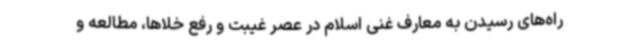
راه‌های رسیدن به معارف غنی اسلام در عصر غیبت و رفع خلاها، مطالعه و